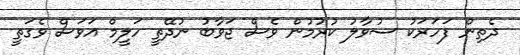
ދެތިން ފަހަރަކު ސުވާލު ކުރުމުން ވެސް ޖަވާބު ނުދޭތީ ހަލީމް އަވަސް ވެގަތީ